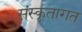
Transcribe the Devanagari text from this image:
संस्कृतागत